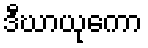
ဒီဃာယုကော